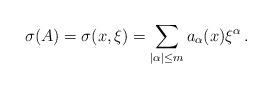
LaTeX: \begin{align*}\sigma(A)=\sigma(x,\xi)=\sum_{|\alpha|\leq m} a_{\alpha}(x){\xi}^{\alpha}\,.\end{align*}